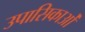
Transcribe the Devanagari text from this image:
उपासिकाओं